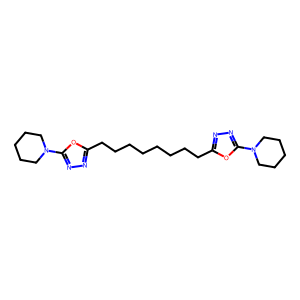
SMILES: C(CCCCc1nnc(N2CCCCC2)o1)CCCc1nnc(N2CCCCC2)o1
Inhibits HIV replication: No